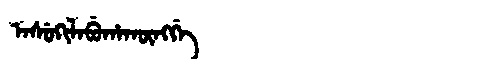
Manchu: ᠠᠰᡠᡴᡳᠯᠠᠪᡠᡥᠠᡴᡡᠩᡤᡝ
Romanization: ASUKILABUHAKŪNGGE